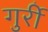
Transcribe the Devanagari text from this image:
गुर्री